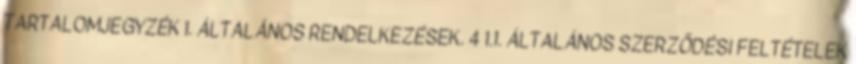
TARTALOMJEGYZÉK 1. ÁLTALÁNOS RENDELKEZÉSEK. 4 1.1. ÁLTALÁNOS SZERZŐDÉSI FELTÉTELEK